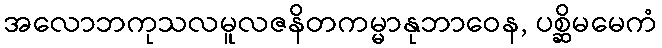
အလောဘကုသလမူလဇနိတကမ္မာနုဘာဝေန, ပစ္ဆိမမေကံ